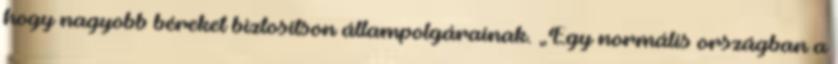
hogy nagyobb béreket biztosítson állampolgárainak. „Egy normális országban a